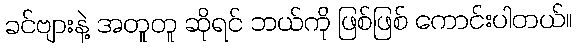
ခင်ဗျားနဲ့ အတူတူ ဆိုရင် ဘယ်ကို ဖြစ်ဖြစ် ကောင်းပါတယ်။